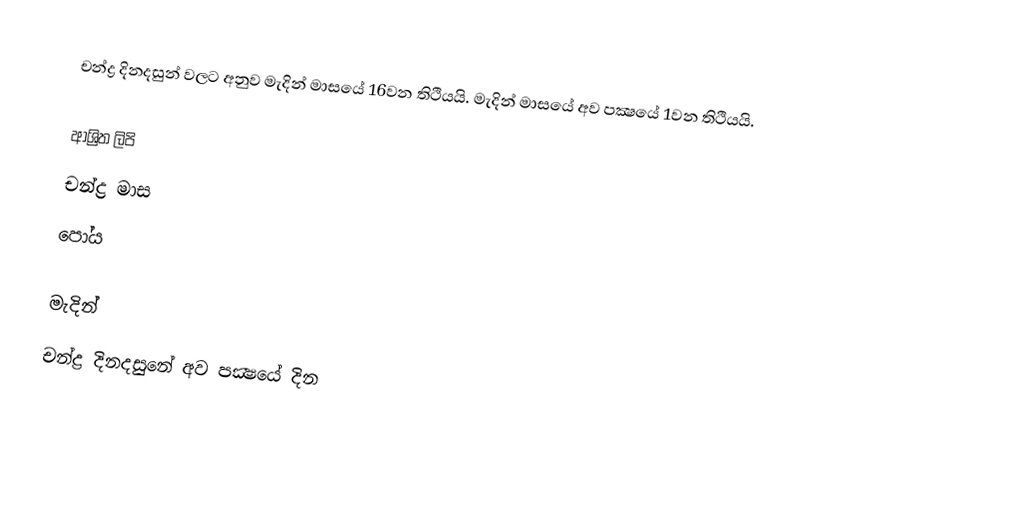
චන්ද්‍ර දිනදසුන් වලට අනුව මැදින් මාසයේ 16වන තිථියයි. මැදින් මාසයේ අව පක්‍ෂයේ 1වන තිථියයි.

ආශ්‍රිත ලිපි
 චන්ද්‍ර මාස
 පෝය

මැදින්
චන්ද්‍ර දිනදසුනේ අව පක්‍ෂයේ දින